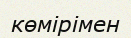
көмірімен